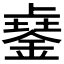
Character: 𨨾